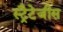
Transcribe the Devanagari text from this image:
स्ट्रैटेजीस